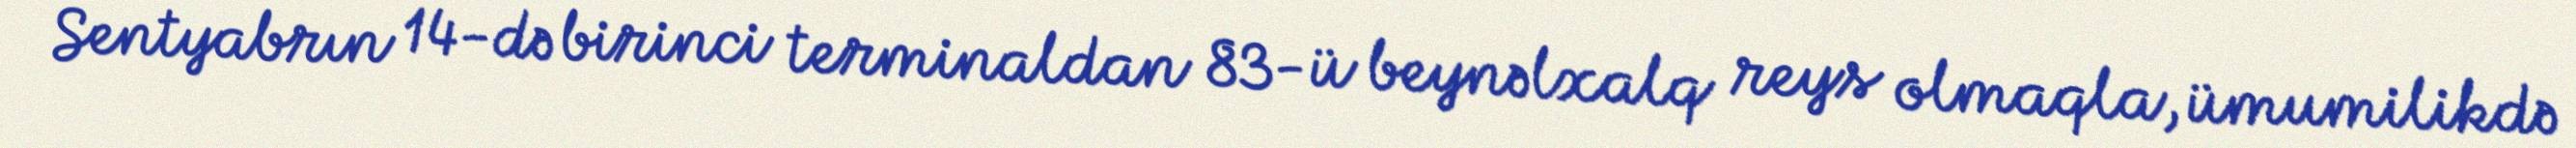
Sentyabrın 14-də birinci terminaldan 83-ü beynəlxalq reys olmaqla, ümumilikdə